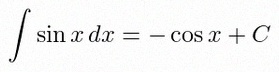
\int \sin x\,dx=-\cos x+C